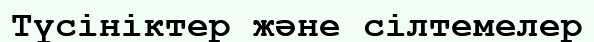
Түсініктер және сілтемелер